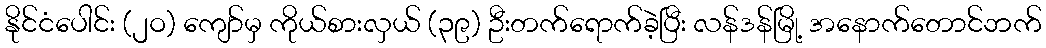
နိုင်ငံပေါင်း (၂ဝ) ကျော်မှ ကိုယ်စားလှယ် (၃၉) ဦးတက်ရောက်ခဲ့ပြီး လန်ဒန်မြို့ အနောက်တောင်ဘက်